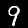
Label: 9